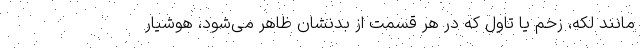
مانند لکه، زخم یا تاول که در هر قسمت از بدنشان ظاهر می‌شود، هوشیار